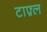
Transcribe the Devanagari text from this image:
टाफ़्ल